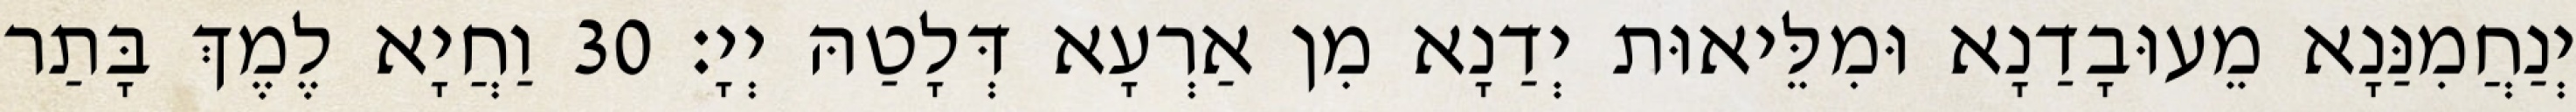
יְנַחֲמִנַּנָא מֵעוּבָדַנָא וּמִלֵּיאוּת יְדַנָא מִן אַרְעָא דְּלָטַהּ יְיָ׃ 30 וַחֲיָא לֶמֶךְ בָּתַר